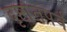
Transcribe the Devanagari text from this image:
दृष्टांतपर्व